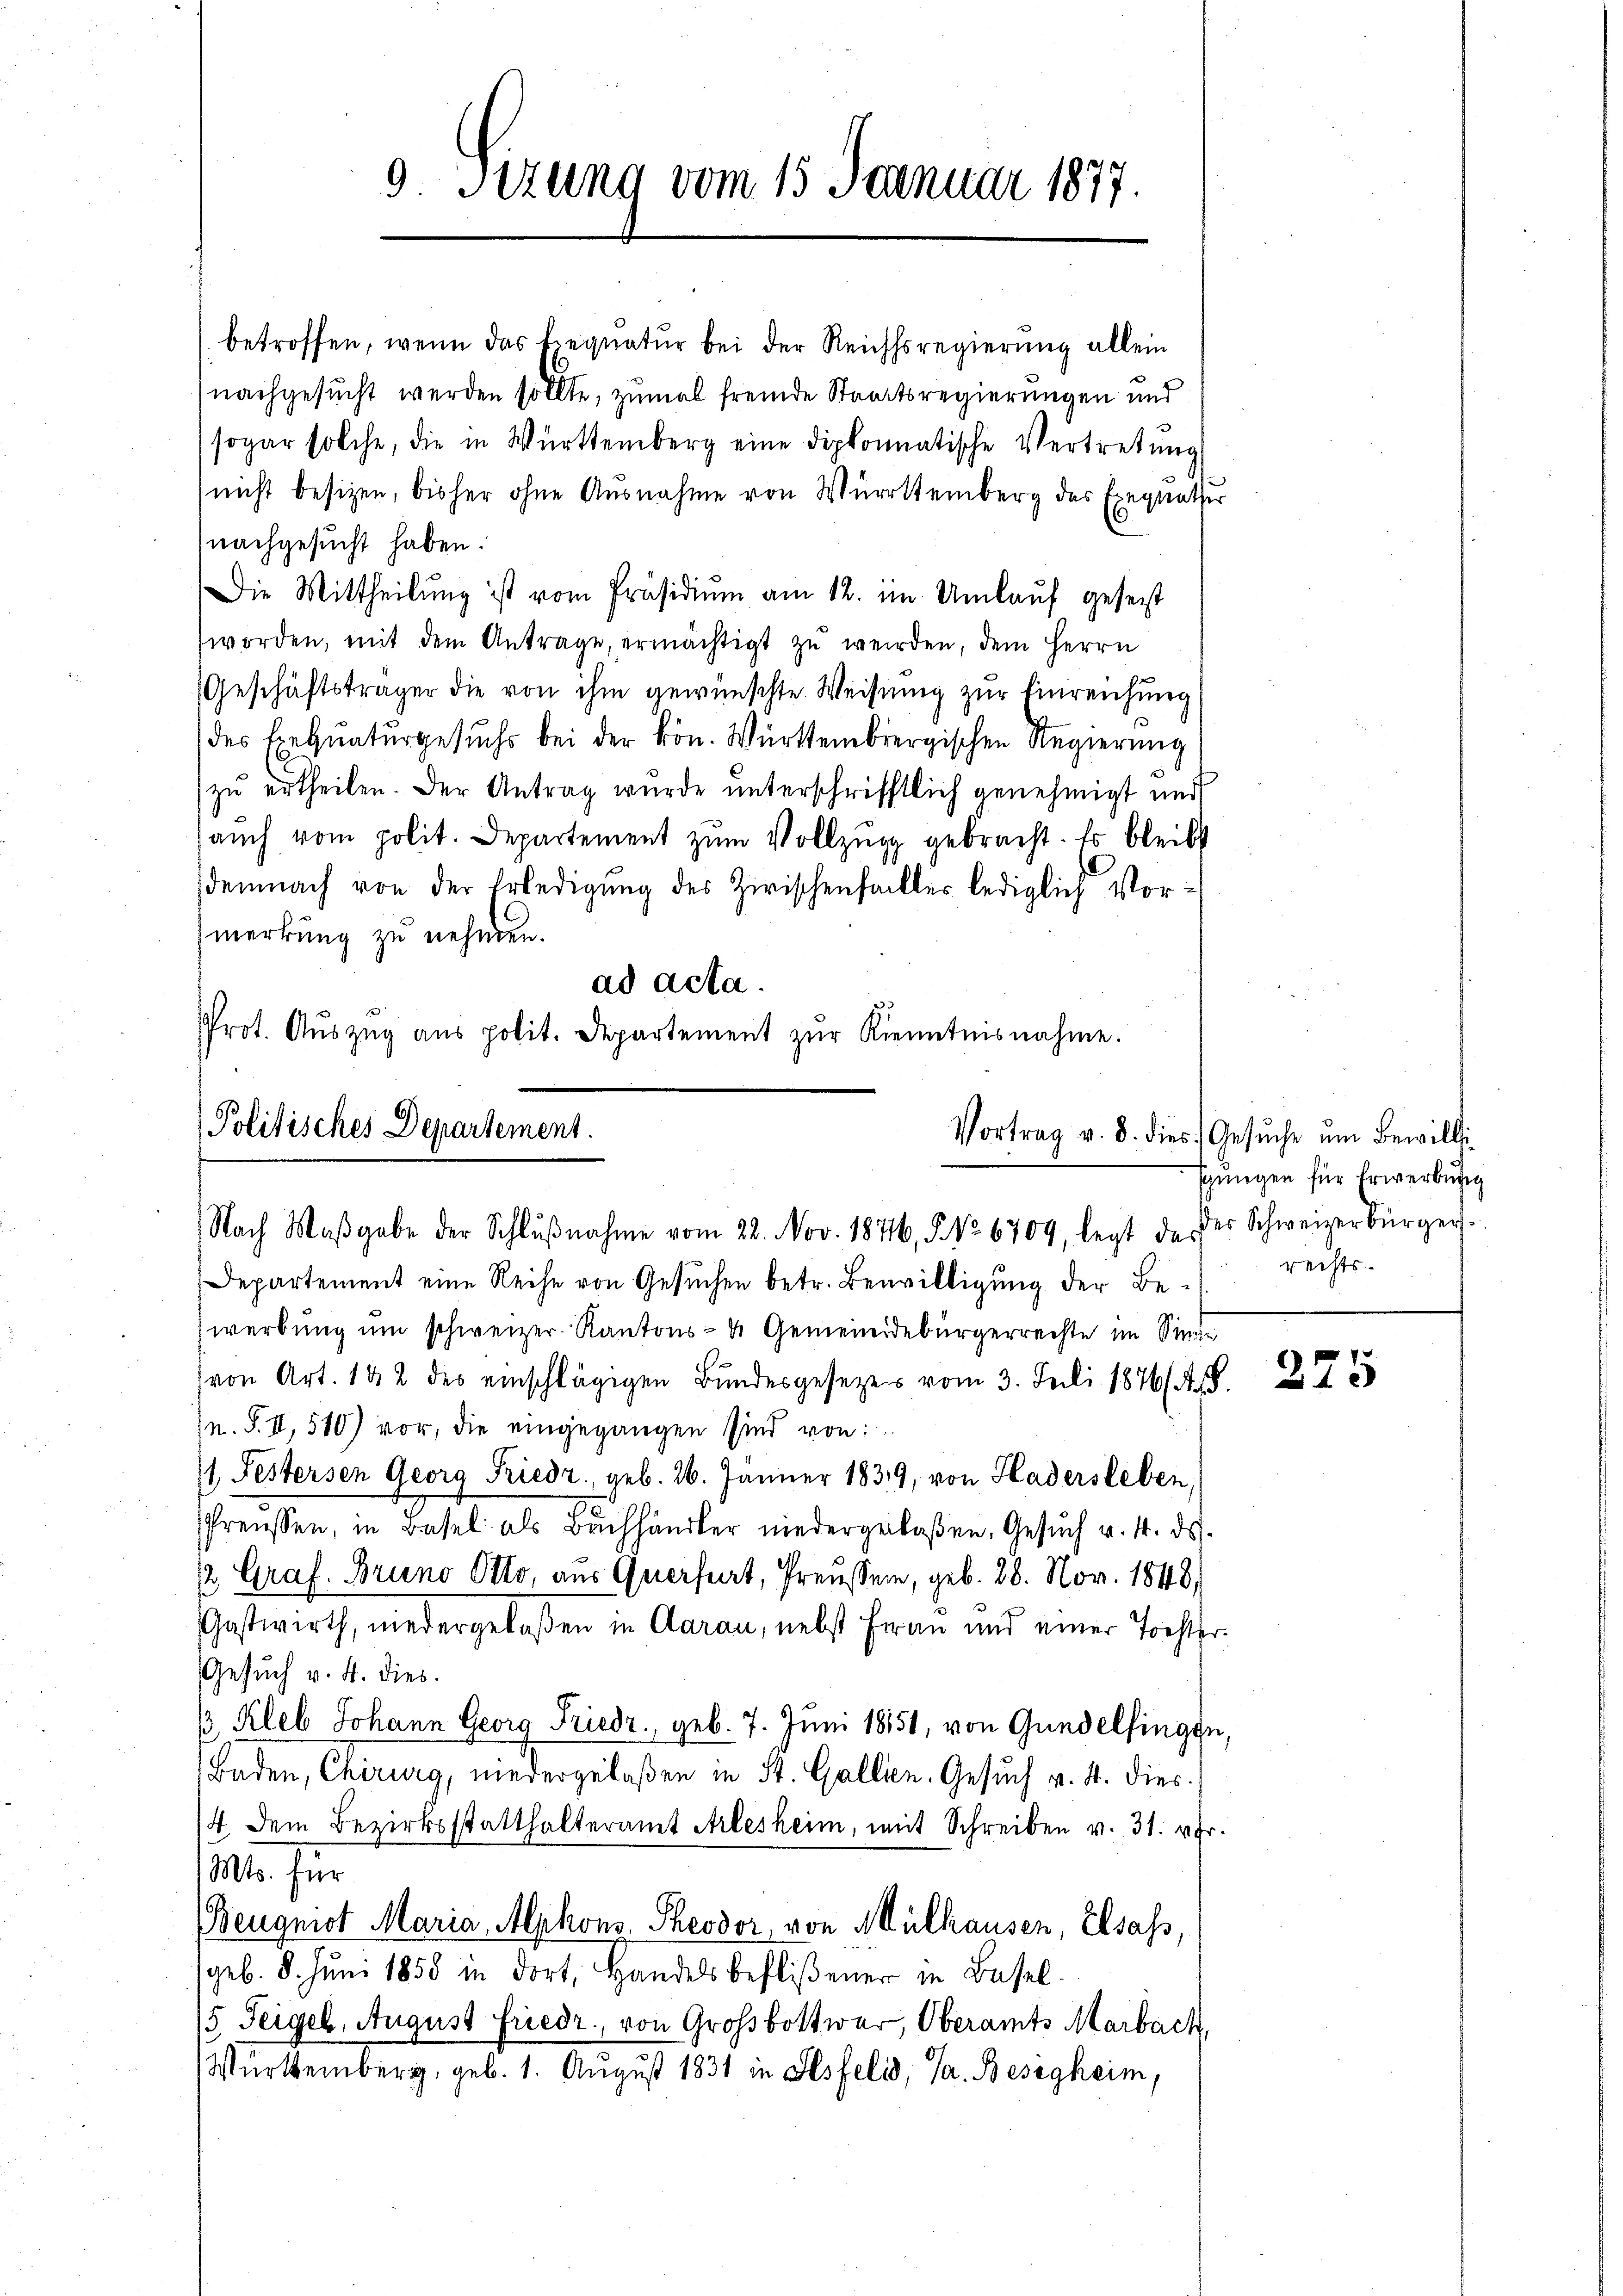
Politisches Departement.
Nach Maβgabe der Schlŭβnahme vom 28. Nov. 1876, § No 6709, legt da der Schweizerbürger

9. Sizung vom 15. Januar 1877.

betroffen, wenn das Exequatur bei der Reichssregierung allein
nachgesucht werden sollte, zumal fremde Staatsregierungen und
sogar solche, die in Württemberg eine diplomatische Vertretung
nicht besizen, bisher ohne Ausnahme von Württemberg des Exequate
nachgesucht haben.
Die Mittheilŭng ist vom Präsidiŭm am 12. im Umlauf gesezt
worden, mit dem Antrage, ermächtigt zu werden, dem Herrn
(Geschäftsträger die von ihm gewünschte Weisung zur Einreichung
des Exequaturgesuchs bei der kön. Württembergischen Regierung
zu ertheilen. Der Antrag wurde unterschrifftlich genehmigt und
aŭch vom polit. Departement zŭm Vollzŭgg gebracht. Es bleibt
demnach von der Erledigŭng des Zirischenfalles lediglich Vormerkung zu nehmen.
ad acta.
Prot. Aŭszŭg aŭs polit. Departement zŭr Kenntnisnahme.

Departement eine Reihe von Gesuchen betr. Bewilligung der Bewerbŭng ŭm schweizer-Kantons- & Gemeindebürgerrechte im Sinne
von Art. 142 des einschlägigen Bŭndesgesezers vom 3. Juli 1876/7
n. S. II, 510) vor, die eingegangen sind von:
1 Pestersen Georg Friedr., geb. 26. Jänner 1839, von Hadersleben,
spreissen, in Basel als Buchhändler niedergelaßen. Gesŭch v. 4. ds.
/2 Graf. Bruno Otto, aus Querfert, Preusser, geb. 28. Nov. 1848)
Gastwirth, niedergelaßen in Aarau, nebst Frau und einer Tochter
Gesuch v. 4. dies.
( Kleb Johann Georg Friedr., geb. 7. Juni 1851, von Gundelfingen,
Baden, Chirurg, niedergelaßen in St. Gallien. Gesuch v. 4. dies
/4 dem Bezirksstatthalteramt Arlesheim, mit Schreiben v. 31. v. Fr.
Mts. für
Beugmot Maria Alphons Theodor, von Mülhausen, Elsass
(geb. 8. Juni 1858 in dort, Handels beflißener in Basel¬
/5. Feigel, August Friedr. von Großbottwer, Oberamts Marbach,
Württemberg, geb. 1. August 1831 in Sesfelis, Ja. Besegheim,

Vortrag v. 8. dies Gesŭche ŭm Bewilli
sgŭngen für Erwerbung
rechts-